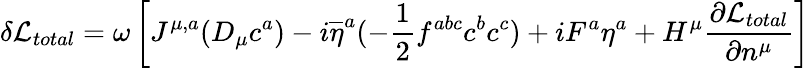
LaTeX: \delta{\cal L}_{total}=\omega\left[J^{\mu,a}(D_{\mu}c^{a})-i\overline{{{\eta}}}^{a}(-{\frac{1}{2}}f^{abc}c^{b}c^{c})+iF^{a}\eta^{a}+H^{\mu}{\frac{\partial{\cal L}_{total}}{\partial n^{\mu}}}\right]